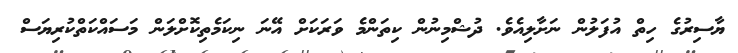
ޔާސިރުގެ ހިތް އުފަލުން ނަށާލިއެވެ. ދުޝްމިނުން ކިތަންމެ ވަރަކަށް އޭނަ ނިކަމެތިކޮށްލަން މަސައްކަތްކުރިޔަސް